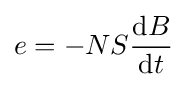
e=-NS{\frac {\mathrm {d} B}{\mathrm {d} t}}